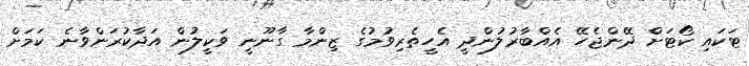
ޓަކައި ކޯޓަށް ދޭންޖެހޭ އެއްބާރުލުންދީ އެހީތެރިވުމުގެ ޒިންމާ ގާނޫނީ ވަކީލުން އަދާކުރަންވާނެ ކަމަށް